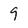
Character: 9